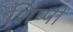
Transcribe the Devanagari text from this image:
शिप्पी